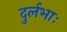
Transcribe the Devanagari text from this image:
दुर्लभाः